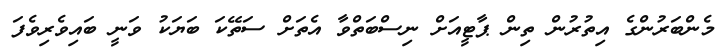
މެންބަރުންގެ އިތުރުން ތިން ޕާޓީއަށް ނިސްބަތްވާ އެތަށް ސަތޭކަ ބަޔަކު ވަނީ ބައިވެރިވެފަ